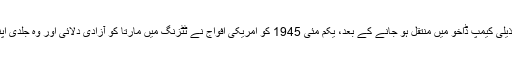
میحیل ڈورف کے ذیلی کیمپ ڈاخو میں منتقل ہو جانے کے بعد، یکم مئی 1945 کو امریکی افواج نے ٹُٹزنگ میں مارتا کو آزادی دلائی اور وہ جلدی اپنے وطن لوٹ گئی۔